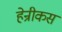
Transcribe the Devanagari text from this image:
हेन्रीकस